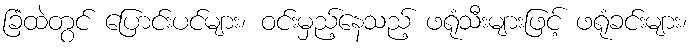
ခြံထဲတွင် ပြောင်းပင်များ၊ ဝင်းမှည့်နေသည့် ဖရုံသီးများဖြင့် ဖရုံခင်းများ၊